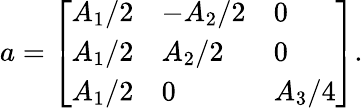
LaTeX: a=\left[\begin{array}{lll}{A_{1}/2}&{-A_{2}/2}&{0}\\ {A_{1}/2}&{A_{2}/2}&{0}\\ {A_{1}/2}&{0}&{A_{3}/4}\end{array}\right].